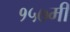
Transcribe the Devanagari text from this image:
१५७मी